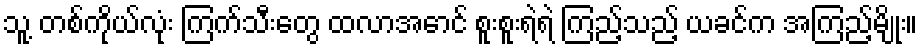
သူ့ တစ်ကိုယ်လုံး ကြက်သီးတွေ ထလာအောင် စူးစူးရဲရဲ ကြည့်သည့် ယခင်က အကြည့်မျိုး။